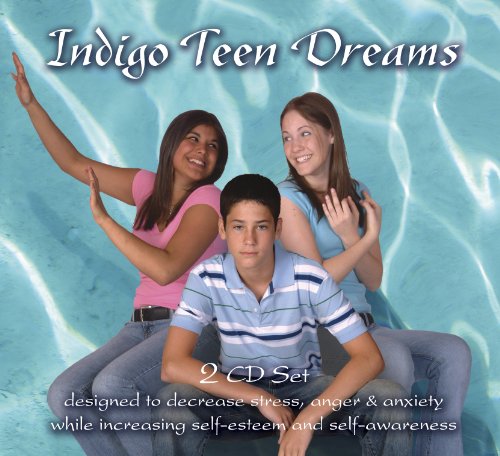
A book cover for Indigo Teen Dreams: 2 CD Set Designed to Decrease Stress, Anger, Anxiety while Increasing Self-Esteem and Self-Awareness (Indigo Dreams); Lori Lite; Self-Help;